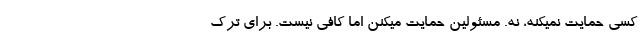
کسی حمایت نمیکنه، نه. مسئولین حمایت میکنن اما کافی نیست. برای ترک